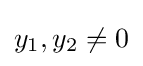
y_{1},y_{2}\neq 0